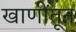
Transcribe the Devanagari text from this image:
खाणींतून